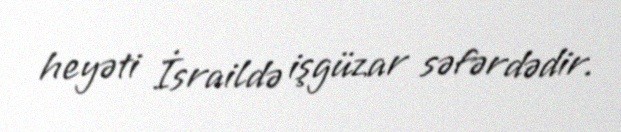
heyəti İsraildə işgüzar səfərdədir.